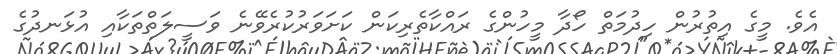
އެވެ. މީގެ އިތުރުން ހިދުމަތް ހޯދާ މީހުންގެ ރައްކާތެރިކަން ކަށަވަރުކުރެވޭނެ ވަސީލަތްތަކާއި އުޅަނދުގެ